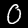
Label: 0